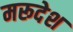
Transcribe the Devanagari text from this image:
मरूदेश